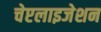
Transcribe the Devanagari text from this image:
चेप्टलाइजेशन